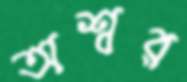
অশ্বর